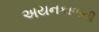
અયનકાળની